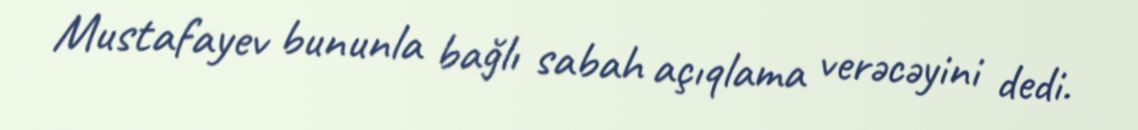
Mustafayev bununla bağlı sabah açıqlama verəcəyini dedi.